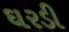
ઘરડી